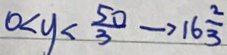
0 < y < \frac { 5 0 } { 3 } \rightarrow 1 6 \frac { 2 } { 3 }